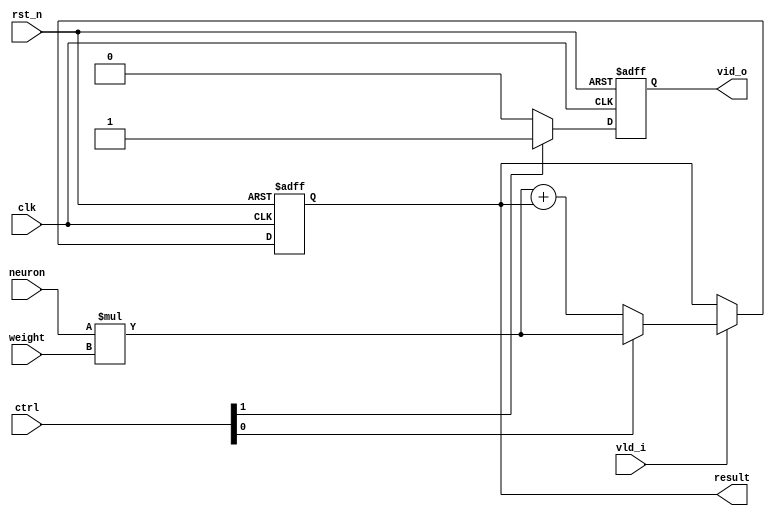
// 
// //
// //
// 

module PE(
    input   clk,
    input   rst_n,
    input signed [15:0] neuron,
    input signed [15:0] weight,
    input        [1:0]  ctrl,
    input   vld_i,
    output       [31:0] result,
    output reg  vid_o
  );
  /* multiplier */
  wire signed [31:0] mult_res = neuron * weight;
  reg [31:0] psum_r;

  /* adder */
  wire [31:0] psum_d = ctrl[0] ? mult_res : mult_res + psum_r;

  /* partial sum reg */
  always@(posedge clk or negedge rst_n)
  begin
    if(!rst_n)
    begin
      psum_r <= 32'h0;
    end
    else if(vld_i)
    begin
      psum_r <= psum_d;
    end
  end

  always@(posedge clk or negedge rst_n)
  begin
    if(!rst_n)
    begin
      vid_o <= 1'h0;
    end
    else if(ctrl[1])
    begin
      vid_o <= 1'h1;
    end
    else
    begin
      vid_o <= 1'h0;
    end
  end

  assign result = psum_r;
endmodule